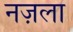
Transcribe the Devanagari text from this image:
नज़ला